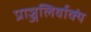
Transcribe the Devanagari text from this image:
प्राञ्जलिर्वाक्यं